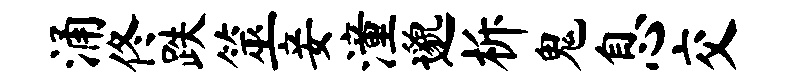
涌佟跌筮妾潼邈柝鬼息交